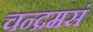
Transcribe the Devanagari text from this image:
चन्द्रमसं